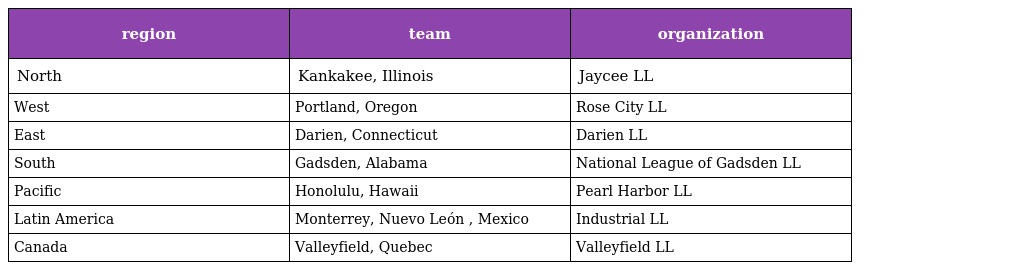
| region | team | organization |
 | --- | --- | --- |
 | North | Kankakee, Illinois | Jaycee LL |
 | West | Portland, Oregon | Rose City LL |
 | East | Darien, Connecticut | Darien LL |
 | South | Gadsden, Alabama | National League of Gadsden LL |
 | Pacific | Honolulu, Hawaii | Pearl Harbor LL |
 | Latin America | Monterrey, Nuevo León , Mexico | Industrial LL |
 | Canada | Valleyfield, Quebec | Valleyfield LL |